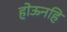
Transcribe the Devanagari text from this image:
होऊनहि